system: You are a helpful assistant.
user:
Analyze the provided spectrum to determine if it is a **Carbon Star (C-type)**.

- **Key Visual Indicators of Carbon Star:**
    - **(Primary):** Strong molecular absorption from **C₂ (diatomic carbon) "Swan Bands."** This is the **defining feature** of a carbon star.
        - **(Key Bandheads):** Sharp absorption edges are visible at approximately $5635$ Å, $5165$ Å (the strongest band), and $4737$ Å.
        - **(Line Profile):** Creates a distinct **"saw-tooth"** pattern. The key morphology is a sharp, steep bandhead on the **red (long-wavelength) side**, which then gradually tapers off (i.e., flux recovers) towards the **blue (short-wavelength) side**. *(This is the direct opposite of the TiO bands seen in M-type stars)*.

    - **(Secondary):** Intense **CN (cyanogen)** molecular absorption bands.
        - **(Key Bandheads):** Located in the blue and violet regions of the spectrum (e.g., near $4215$ Å and $3883$ Å).
        - **(Morphology):** These bands are extremely broad and act as a "blanket," absorbing the vast majority of blue and violet light. This creates a characteristic **"cliff"** or **"steep drop-off"** in the spectrum's flux at short wavelengths.

    - **(Key Confirmation):** Strong **CH absorption band (G-band)**.
        - **(Key Bandhead):** Located around $4300$ Å. The contribution from CH molecules to this band is exceptionally strong.

    - **(Overall Spectrum):**
        - The continuum is severely "chopped up" by these deep molecular bands, especially C₂, rather than appearing as a smooth curve.
        - Due to the heavy CN and C₂ absorption in the blue-green, the vast majority of the star's flux is concentrated in the red part of the spectrum, giving the star its characteristic deep red color.

Think first, call **spectral_visualization_tool** if needed to examine features in detail, then provide your final answer. Your response must adhere to the following strict rules:
1.  **Overall Structure:** Your response must follow the format `<think>...</think> <tool_call>...</tool_call> (if a tool is used) <answer>...</answer>`.
2.  **Tool Usage Constraint:** You may only make **one** tool call per turn.
3.  **Final Answer Format:** In the `<answer>` tag, your conclusion must be inside a `\boxed{}` command (e.g., `\boxed{YES}`), followed by your justification.

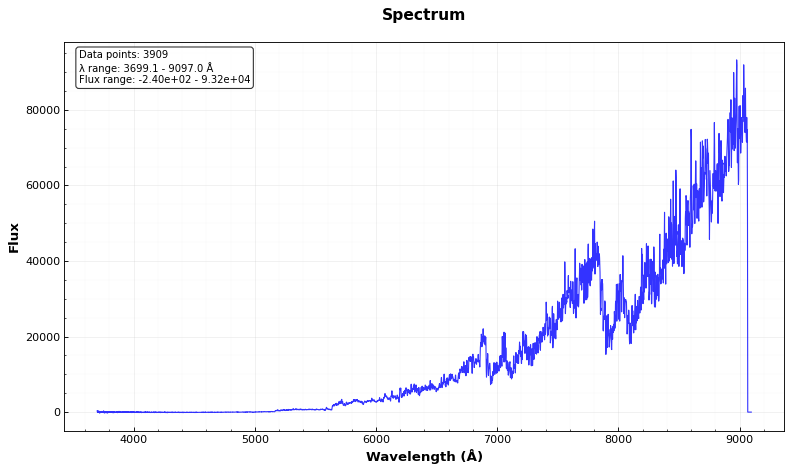
Answer: YES